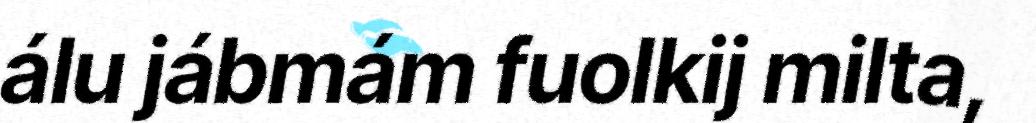
álu jábmám fuolkij milta,